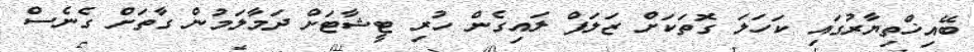
ބޭއިޚްތިޔާރުގައި ކަހަލަ ގޮތަކަށް ޒަލަފް ލައިގެން ހުރި ޓީޝާޓަށް ދަމާލަމުން ގާތަށް ގެނެސް